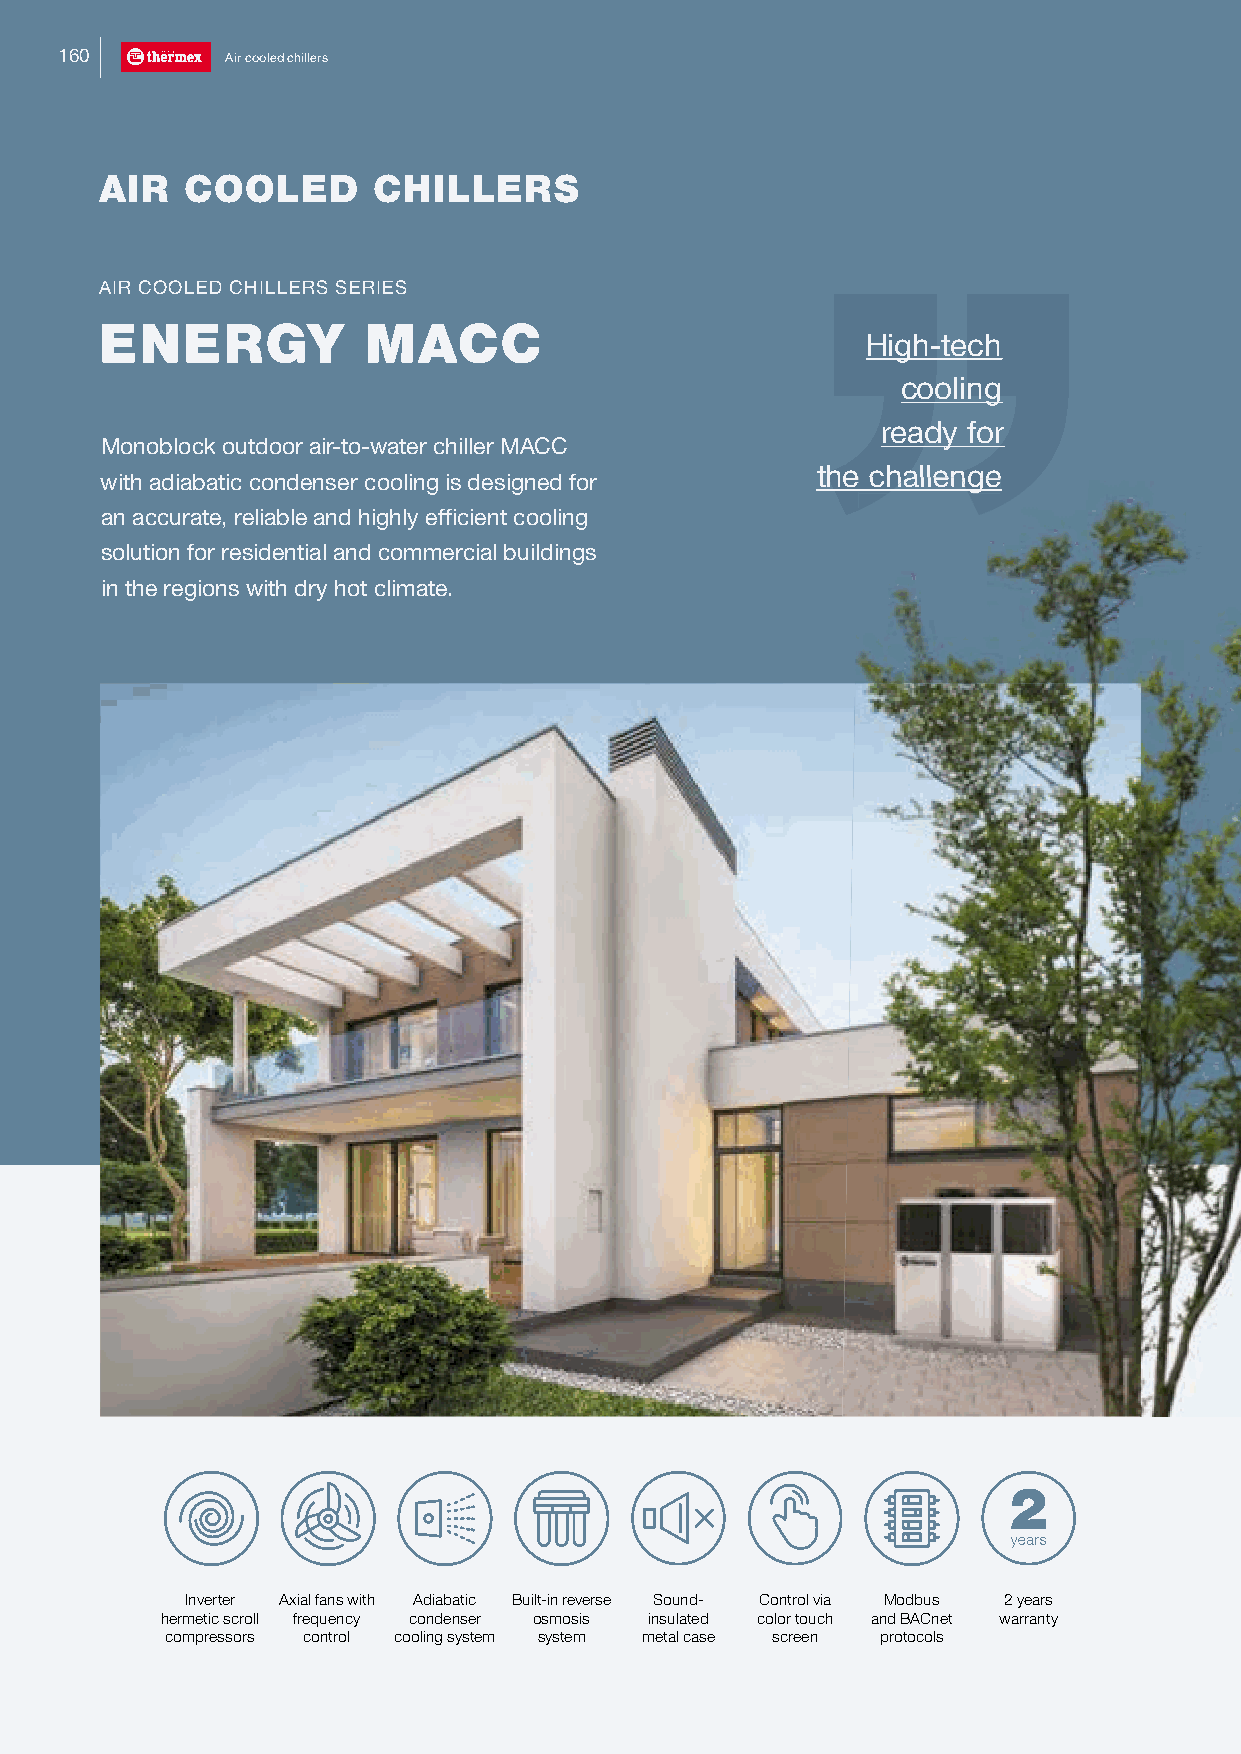
116600     Air cooled chillers
 AIR  COOLED       CHILLERS
 AIR COOLED CHILLERS SERIES
 ENERGY           MACC
 High-tech
 cooling
 ready for
 Monoblock outdoor air-to-water chiller MACC
 tttttthhhhhheeeeee cccccchhhhhhaaaaaalllllllllllleeeeeennnnnnggggggeeeeee
 with adiabatic condenser cooling is designed for
 an accurate, reliable and highly efficient cooling
 solution for residential and commercial buildings
 in the regions with dry hot climate.
 Inverter Axial fans with Adiabatic Built-in reverse Sound- Control via Modbus 2 years
 hermetic scroll frequency condenser osmosis insulated color touch and BACnet warranty
 compressors control cooling system system metal case screen protocols